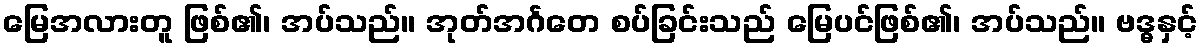
မြေအလားတူ ဖြစ်၏၊ အပ်သည်။ အုတ်အင်္ဂတေ စပ်ခြင်းသည် မြေပင်ဖြစ်၏၊ အပ်သည်။ ဗဒ္ဓနှင့်